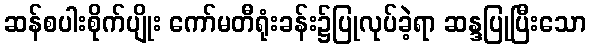
ဆန်စပါးစိုက်ပျိုး ကော်မတီရုံးခန်း၌ပြုလုပ်ခဲ့ရာ ဆန္ဒပြုပြီးသော